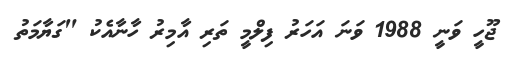
ޖޫހީ ވަނީ 1988 ވަނަ އަހަރު ފިލްމީ ތަރި އާމިރު ހާނާއެކު "ގަޔާމަތު